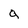
Character: Q